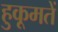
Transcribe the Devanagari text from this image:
हुकूमतें